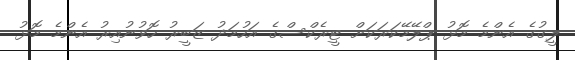
ލީގުގެ އެންމެ މޮޅު ޕްލޭމޭކަރަކަށް ޓީރެކްސްގެ އަހުމަދު ޒަބީރު ހޮވުނުއިރު އެންމެ މޮޅު